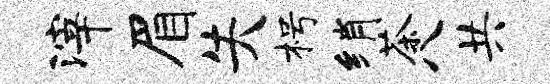
滓眉失枵绡茶八共